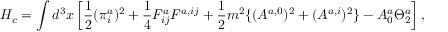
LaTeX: H _ { c } = \int d ^ { 3 } x \left[ \frac { 1 } { 2 } ( \pi _ { i } ^ { a } ) ^ { 2 } + \frac { 1 } { 4 } F _ { i j } ^ { a } F ^ { a , i j } + \frac { 1 } { 2 } m ^ { 2 } \{ ( A ^ { a , 0 } ) ^ { 2 } + ( A ^ { a , i } ) ^ { 2 } \} - A _ { 0 } ^ { a } \Theta _ { 2 } ^ { a } \right] ,